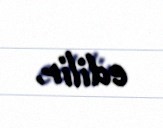
edilir.